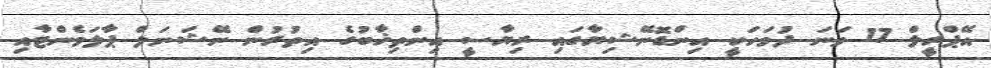
އޭޕްރީލް 17 ވަނަ ދުވަހަކީ އިންޑޮނޭޝިޔާގައި ރިޔާސީ އިންތިޚާބުގެ އިތުރުން ނޭޝަނަލް ޕާލަމެންޓާއި